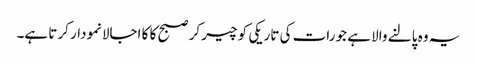
یہ وہ پالنے والا ہے جو رات کی تاریکی کو چیر کر صبح کا کا اجالانمودار کرتا ہے۔